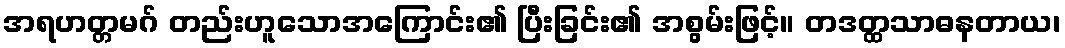
အရဟတ္တမဂ် တည်းဟူသောအကြောင်း၏ ပြီးခြင်း၏ အစွမ်းဖြင့်။ တဒတ္ထသာဓနတာယ၊